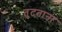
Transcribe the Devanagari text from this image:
तुटताना